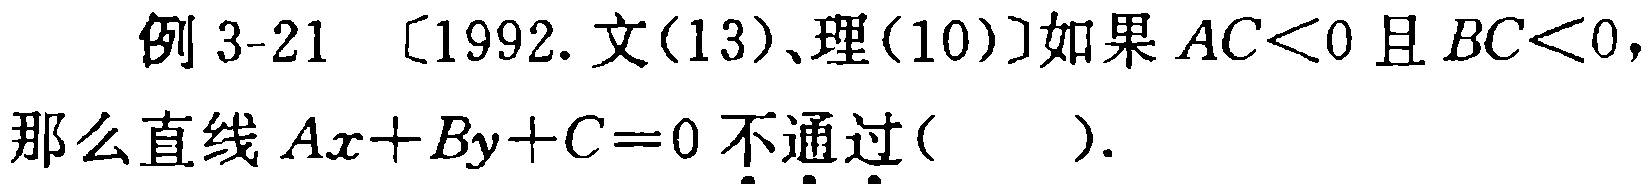
例 3-21 [1992.文(13)、理(10)]如果 \(AC<0\) 且 \(BC<0\)，那么直线 \(Ax + By + C = 0\) 不通过( )。